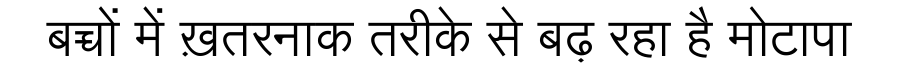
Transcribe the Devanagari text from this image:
बच्चों में ख़तरनाक तरीके से बढ़ रहा है मोटापा